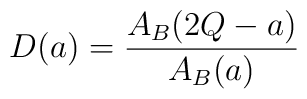
D(a)=\frac{A_B(2Q-a)}{A_B(a)}